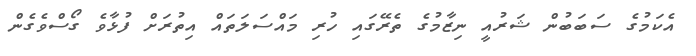
އެކަމުގެ ސަބަބުން ޝަރުއީ ނިޒާމުގެ ތެރޭގައި ހުރި މައްސަލަތައް އިތުރަށް ފުޅާވެ ގޯސްވެގެން